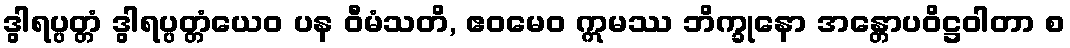
ဒွါရပ္ပတ္တံ ဒွါရပ္ပတ္တံယေဝ ပန ဝီမံသတိ, ဧဝမေဝ ဣမဿ ဘိက္ခုနော အန္တောပဝိဋ္ဌဝါတာ စ